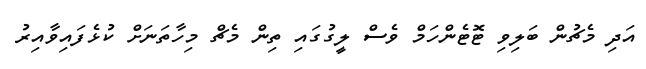
އަދި މެޗުން ބަލިވި ޓޮޓެންހަމް ވެސް ލީގުގައި ތިން މެޗް މިހާތަނަށް ކުޅެފައިވާއިރު